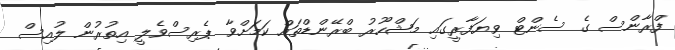
ފްރާންސް ގެ ސެންޓް ވިޔަފާރީގައި މަޝްހޫރު ބްރޭންޑްތައް ކަމަށްވާ ޕެރިސްވެލީ އިތުރުން ލުއިސް